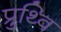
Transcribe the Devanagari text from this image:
प्रुथ्वि